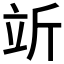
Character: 𬔘